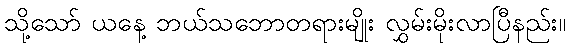
သို့သော် ယနေ့ ဘယ်သဘောတရားမျိုး လွှမ်းမိုးလာပြီနည်း။